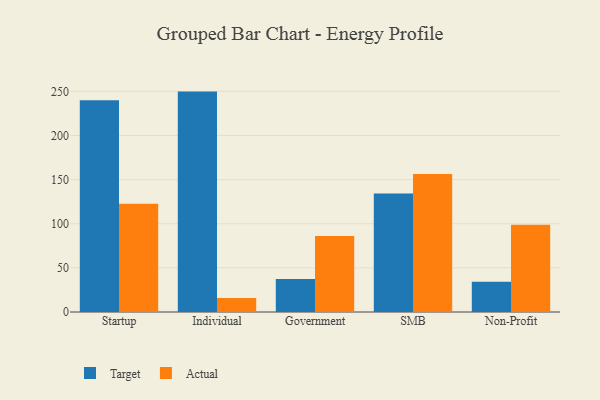
{"axis": {"x": "Segment", "y": "Revenue (USD Million)"}, "legend": ["Actual", "Target"], "data": [{"x": "Startup", "y": 240.0, "type": "Target"}, {"x": "Startup", "y": 122.5, "type": "Actual"}, {"x": "Individual", "y": 249.7, "type": "Target"}, {"x": "Individual", "y": 16.0, "type": "Actual"}, {"x": "Government", "y": 37.5, "type": "Target"}, {"x": "Government", "y": 86.2, "type": "Actual"}, {"x": "SMB", "y": 134.2, "type": "Target"}, {"x": "SMB", "y": 156.3, "type": "Actual"}, {"x": "Non-Profit", "y": 34.3, "type": "Target"}, {"x": "Non-Profit", "y": 98.9, "type": "Actual"}]}